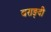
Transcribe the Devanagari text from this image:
बराङ्दी